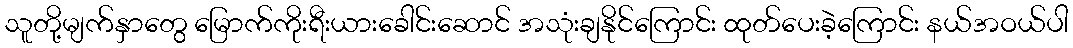
သူတို့မျက်နှာတွေ မြောက်ကိုးရီးယားခေါင်းဆောင် အသုံးချနိုင်ကြောင်း ထုတ်ပေးခဲ့ကြောင်း နယ်အဝယ်ပါ